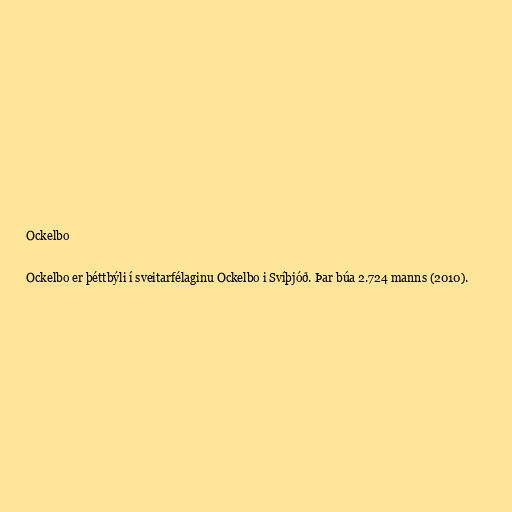
Ockelbo

Ockelbo er þéttbýli í sveitarfélaginu Ockelbo i Svíþjóð. Þar búa 2.724 manns (2010).